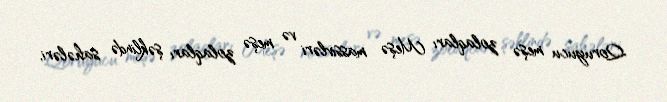
Qoruyucu meşə zolaqları Meşə massivləri və meşə zolaqları şəklində sahələri,